Annual administration report of the Civil Veterinary Department of India - 1902-1903
Year: 1902
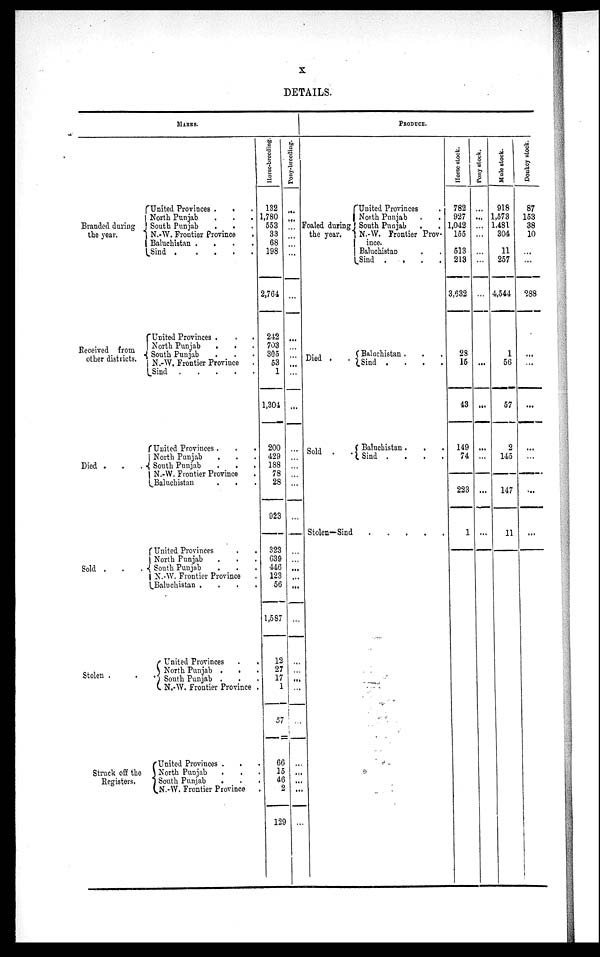
X
DETAILS.
MARES.
Branded during
the year.
United Provinces .
. .
North Punjab . . .
South Punjab . . .
N.-W. Frontier Province
.
Baluchistan .
.
.
.
Sind
.
.
.
.
.
Received from
other districts.
United Provinces . . .
North Punjab . . .
South Punjab . . .
N.-W.Frontier Provice .
Sind . . . . .
Died .
.
.
United Provinces . . .
North Punjab . . .
South Punjab . . .
N.-W. Frontier Province .
Baluchistan . . .
Sold .
.
.
United Provinces . .
North Punjab . . .
South Punjab . . .
N.-W. Frontier Province .
Baluchistan .
.
.
.
Stolen . . .
United Provinces
.
.
North Punjab .
.
South Punjab . . .
N.-W. Frontier Province .
Struck off the
Registers.
United Provinces . . .
North Punjab . . .
South Punjab . . .
N.-W. Frontier Province .
Horse-breeding.
132
1,780
553
33
68
198
2,764
242
703
305
53
1
1,304
200
429
188
78
28
923
323
639
446
123
56
1,587
12
27
17
1
57
66
15
46
2
129
Pony-breeding.
...
...
...
...
...
...
...
...
...
...
...
...
...
...
...
...
...
...
...
...
...
...
...
...
...
...
...
...
...
...
...
...
...
...
...
PRODUCE.
Foaled during
the year.
United Provinces .
North Punjab . .
South Punjab . .
N.-W. Frontier Prov-
ince.
Baluchistan . .
Sind .
.
.
.
Died . .
Baluchistan .
.
.
Sind . . . .
Sold . .
Baluchistan . . . .
Sind .
.
.
.
Stolen—Sind
.
.
.
.
.
Horse stock.
782
927
1,042
155
513
213
3,632
28
15
43
149
74
223
1
Pony stock.
...
...
...
...
...
...
...
...
...
...
...
...
...
Mule stock.
918
1,573
1,481
304
11
257
4,544
1
56
57
2
145
147
11
Donkey stock.
87
153
38
10
...
...
288
...
...
...
...
...
...
...